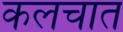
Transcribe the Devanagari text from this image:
कलचात